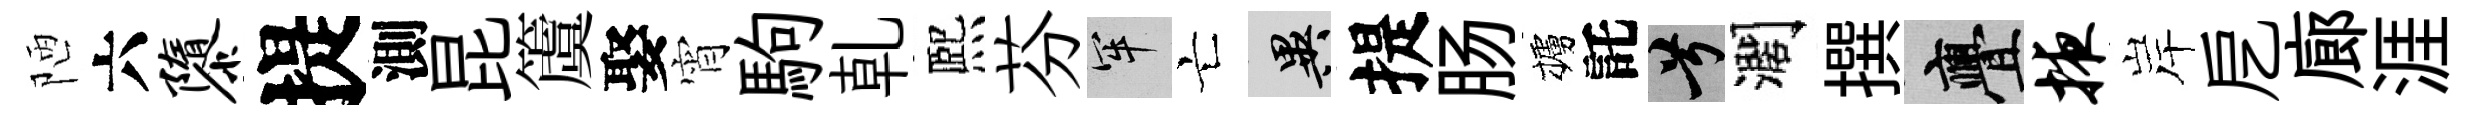
陋六隳提測昆𥵂娶宵駒乹熈芬牢亡异提肠櫨託兮濶撰亹掖岸戹廊涯